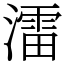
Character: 㵢